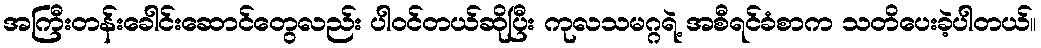
အကြီးတန်းခေါင်းဆောင်တွေလည်း ပါဝင်တယ်ဆိုပြီး ကုလသမဂ္ဂရဲ့ အစီရင်ခံစာက သတိပေးခဲ့ပါတယ်။